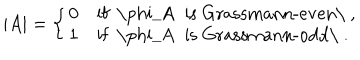
| A | = \left\{ \left\{ \begin{cases} { { 0 } } & { { i f \phi _ { A } i s G r a s s m a n n - e v e n \ , } } \\ { { 1 } } & { { i f \phi _ { A } i s G r a s s m a n n - o d d \ . } } \\ \end{cases} \right. \right.